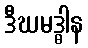
ဒီဃမဒ္ဓါန